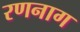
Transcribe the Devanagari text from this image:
रणनाग